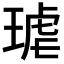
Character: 𭹦